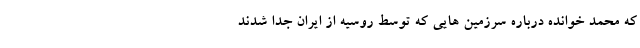
که محمد خوانده درباره سرزمین هایی که توسط روسیه از ایران جدا شدند